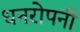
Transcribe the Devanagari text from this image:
धनरोपनी